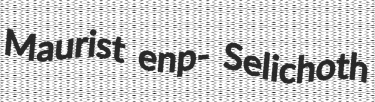
Maurist enp- Selichoth